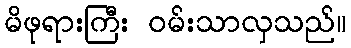
မိဖုရားကြီး ဝမ်းသာလှသည်။